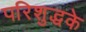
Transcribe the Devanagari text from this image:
परिशुद्धके